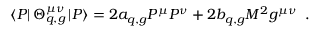
\left\langle P \right| \Theta _ { q , g } ^ { \mu \nu } \left| P \right\rangle = 2 a _ { q , g } P ^ { \mu } P ^ { \nu } + 2 b _ { q , g } M ^ { 2 } g ^ { \mu \nu } \; \; .